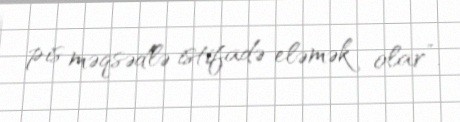
pis məqsədlə istifadə eləmək olar”.